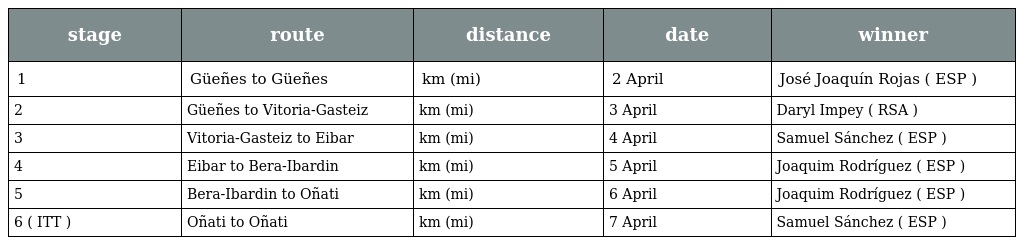
| stage | route | distance | date | winner |
 | --- | --- | --- | --- | --- |
 | 1 | Güeñes to Güeñes | km (mi) | 2 April | José Joaquín Rojas ( ESP ) |
 | 2 | Güeñes to Vitoria-Gasteiz | km (mi) | 3 April | Daryl Impey ( RSA ) |
 | 3 | Vitoria-Gasteiz to Eibar | km (mi) | 4 April | Samuel Sánchez ( ESP ) |
 | 4 | Eibar to Bera-Ibardin | km (mi) | 5 April | Joaquim Rodríguez ( ESP ) |
 | 5 | Bera-Ibardin to Oñati | km (mi) | 6 April | Joaquim Rodríguez ( ESP ) |
 | 6 ( ITT ) | Oñati to Oñati | km (mi) | 7 April | Samuel Sánchez ( ESP ) |